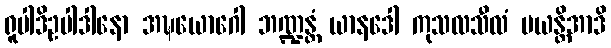
ရူပါဒိဥပါဒါနော အဍ္ဎယောဂေါ ဘဏ္ဍန္တံ ယာနဒေါ ကုသလသီလံ မယန္တိအာဒိ